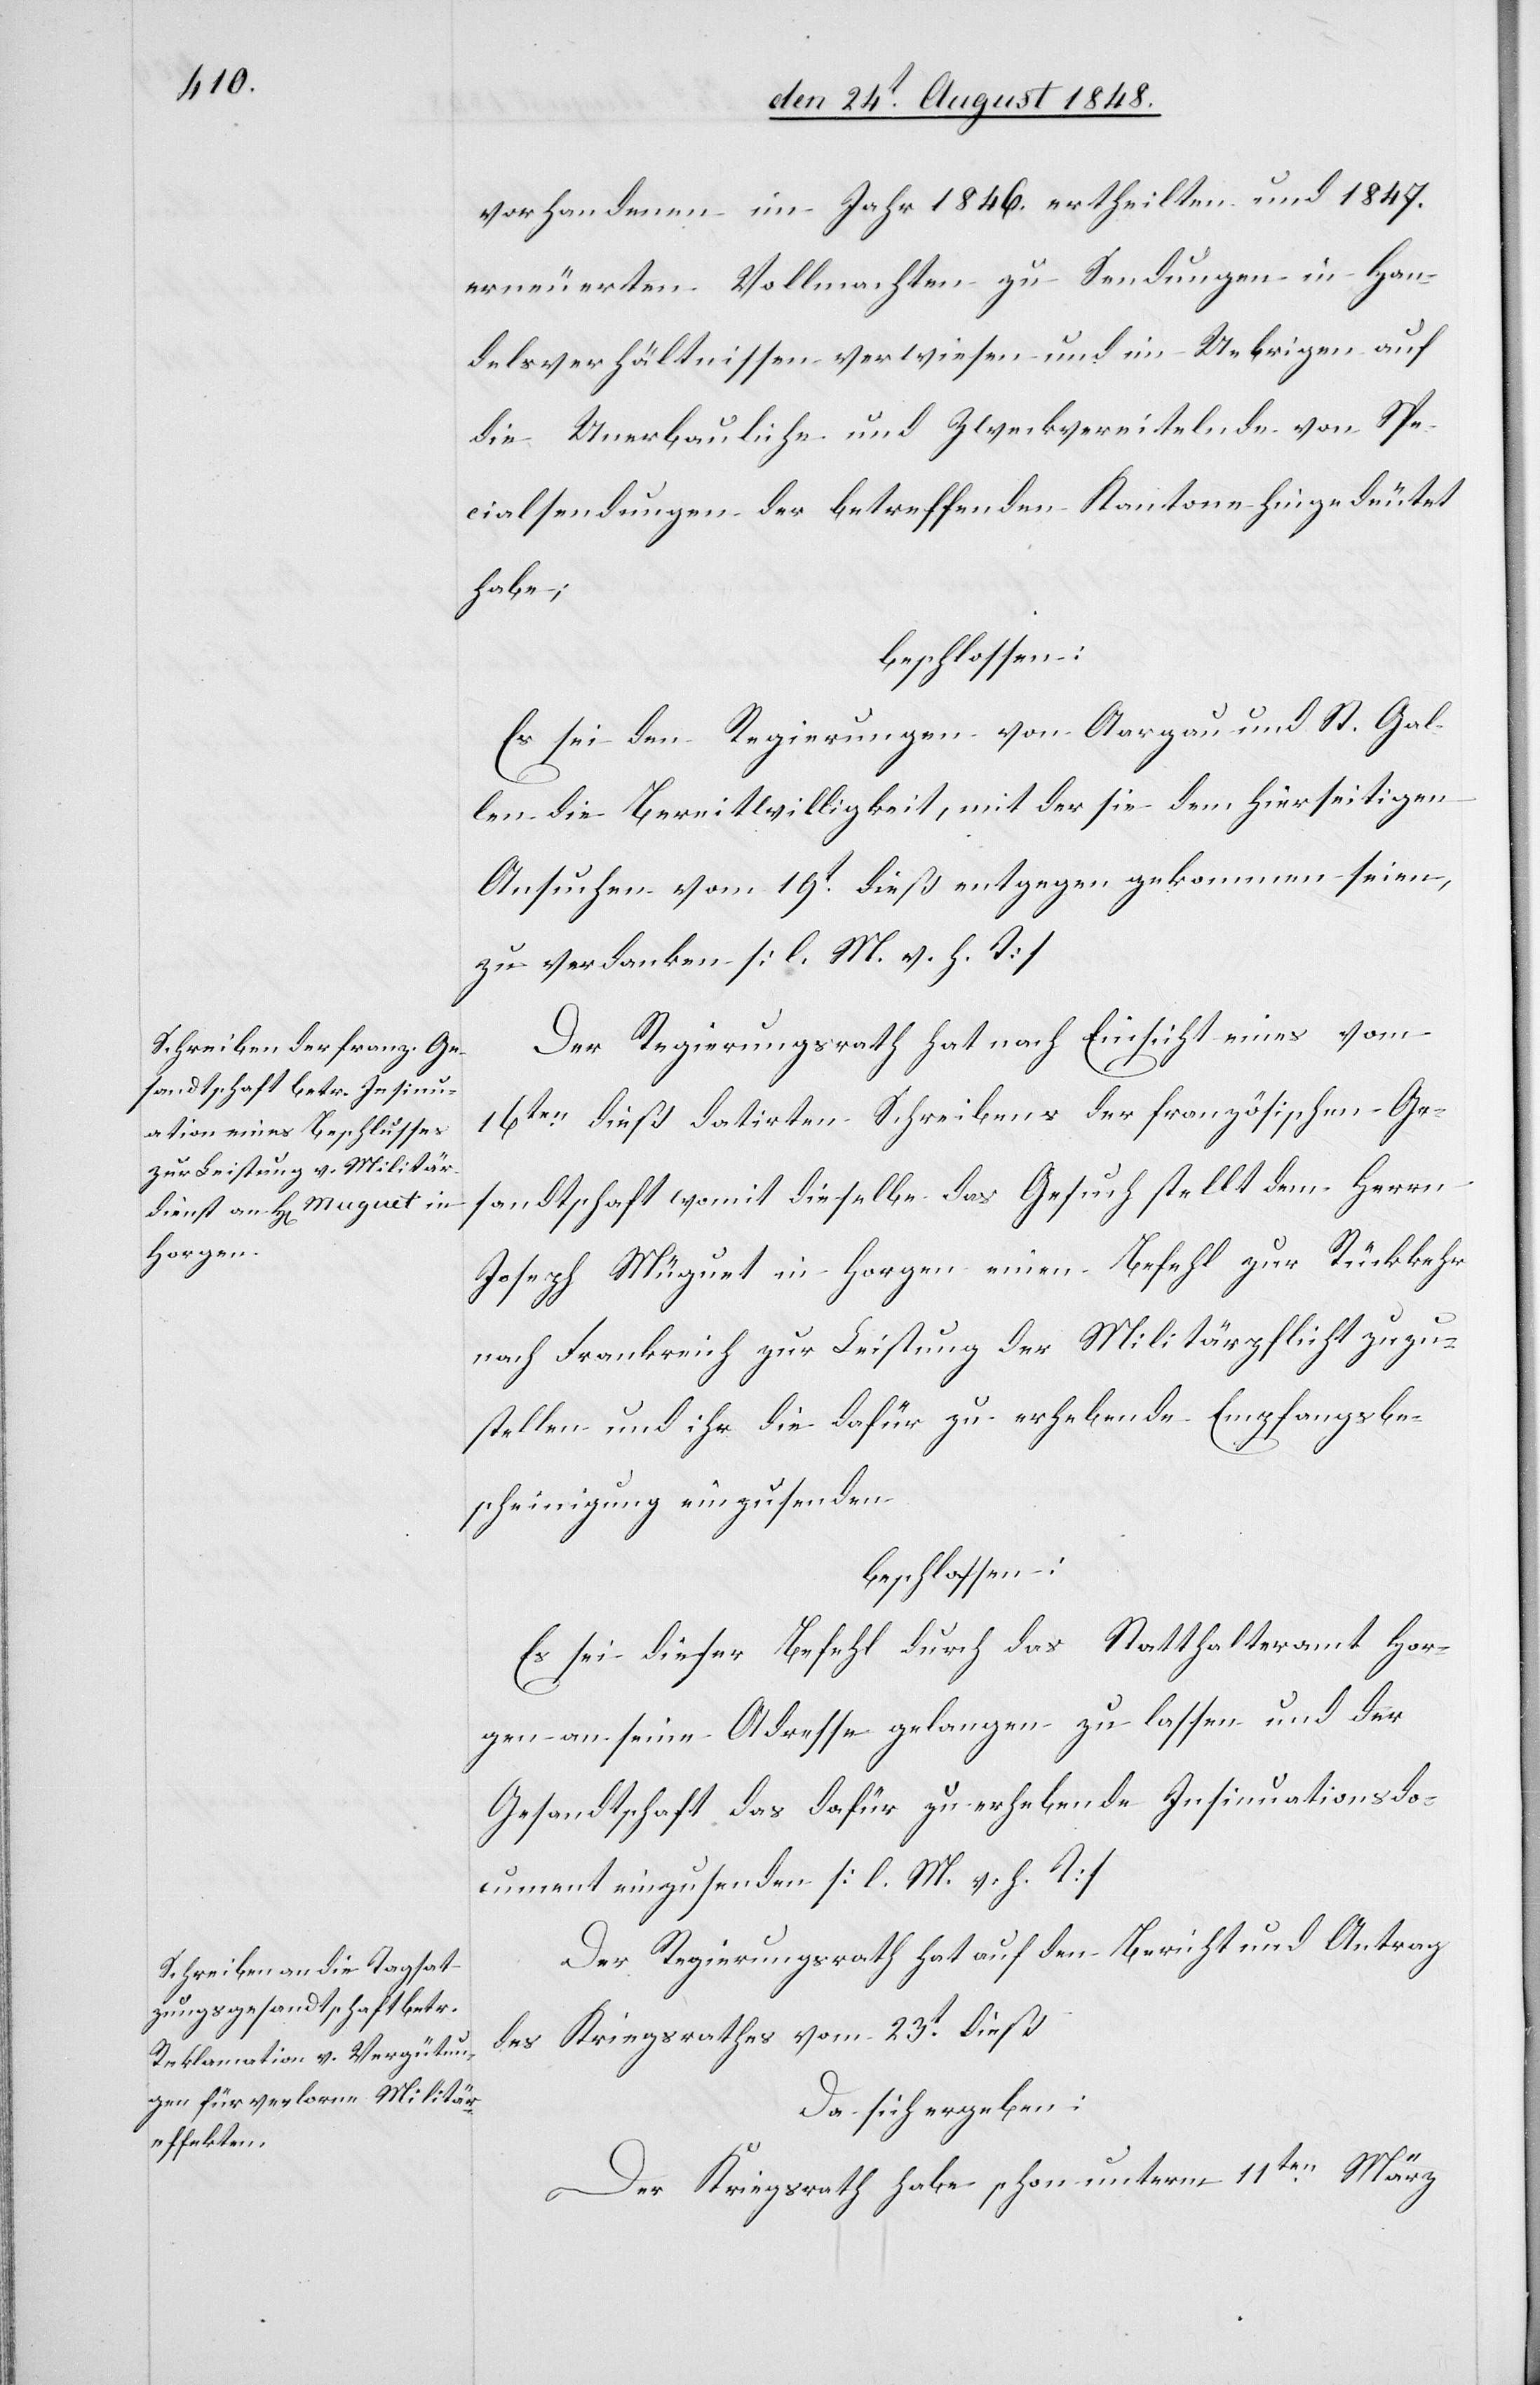
vorhandenen im Jahr 1846. ertheilten und 1847.
erneuerten Vollmachten zu Sendungen in Han¬
delsverhältnissen verwiesen und im Uebrigen auf
die Unerbauliche und Zweckvereitelnde von Spe¬
cialsendungen der betreffenden Kantone hingedeutet
habe;
beschlossen:
Es sei den Regierungen von Aargau und St. Gal¬
len die Bereitwilligkeit, mit der sie dem hierseitigen
Ansuchen vom 19t dieß entgegen gekommen seien,
zu verdanken. [l. M. v. h. T]
Der Regierungsrath hat nach Einsicht eines vom
16ten dieß datirten Schreibens der französischen Ge¬
sandtschaft womit dieselbe das Gesuch stellt dem Herrn
Joseph Müguet [sic!] in Horgen einen Befehl zur Rückkehr
nach Frankreich zur Leistung der Militärpflicht zuzu¬
stellen und ihr die dafür zu erhebende Empfangsbe¬
scheinigung einzusenden
beschlossen:
Es sei dieser Befehl durch das Statthalteramt Hor¬
gen an seine Adresse gelangen zu lassen und der
Gesandtschaft das dafür zu erhebende Insinuationsdo¬
cument einzusenden. [l. M. v. h. T]
Der Regierungsrath hat auf den Bericht und Antrag
des Kriegsrathes vom 23t dieß
Da sich ergeben:
Der Kriegsrath habe schon unterm 11ten März